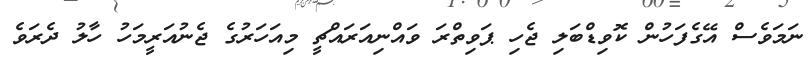
ނަމަވެސް އޭގެފަހުން ކޮވިޑްބަލި ޖެހި ޕަވިތްރަ ވައްނިއަރައްޗީ މިއަހަރުގެ ޖެނުއަރީމަހު ހާލު ދެރަވެ